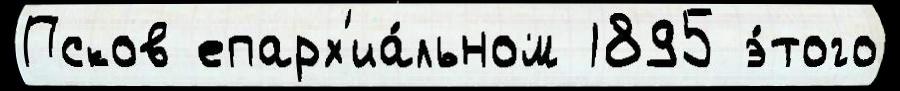
Псков епарх'иа́льном 1895 э́того